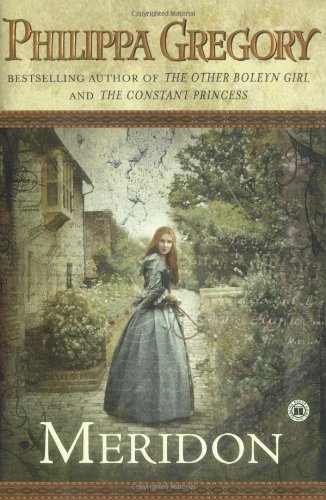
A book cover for Meridon (Wildacre Trilogy); Philippa Gregory; Romance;